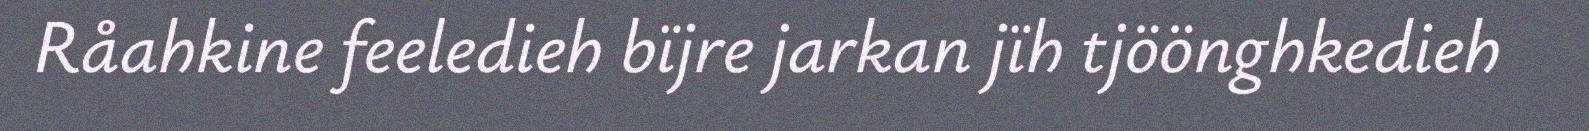
Råahkine feeledieh bïjre jarkan jïh tjöönghkedieh